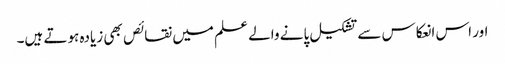
اور اس انعکاس سے تشکیل پانے والے علم میں نقائص بھی زیادہ ہوتے ہیں۔